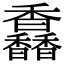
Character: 馫